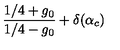
\frac { 1 / 4 + g _ { 0 } } { 1 / 4 - g _ { 0 } } + \delta ( \alpha _ { c } )